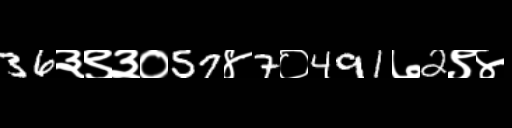
Text: 36३९३०57४7०491७2९४